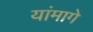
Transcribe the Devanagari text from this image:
यांमागे